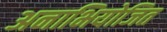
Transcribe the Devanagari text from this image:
अनाभियोजित